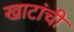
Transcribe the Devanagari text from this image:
खाटांची